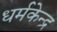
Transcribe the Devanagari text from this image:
धर्मकेन्द्र